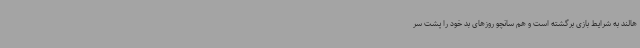
هالند به شرایط بازی برگشته است و هم سانچو روزهای بد خود را پشت سر